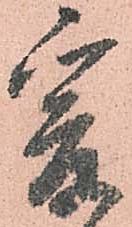
爰